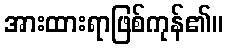
အားထားရာဖြစ်ကုန်၏။